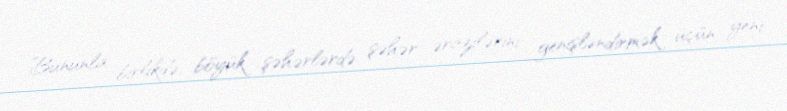
Bununla birlikdə, böyük şəhərlərdə şəhər ərazilərini genişləndirmək üçün yeni